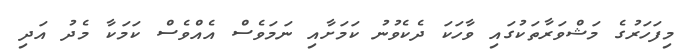
މިފަހަރުގެ މަޝްވަރާތަކުގައި ވާހަކަ ދެކެވުނު ކަމަށާއި ނަމަވެސް އެއްވެސް ކަމަކާ މެދު އަދި